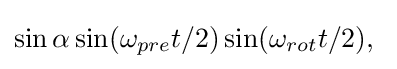
\sin \alpha \sin(\omega _{pre}t/2)\sin(\omega _{rot}t/2),\